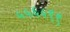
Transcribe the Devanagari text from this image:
५५६५९९